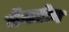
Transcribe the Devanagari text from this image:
मॅक्लीन